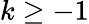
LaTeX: k\geq-1